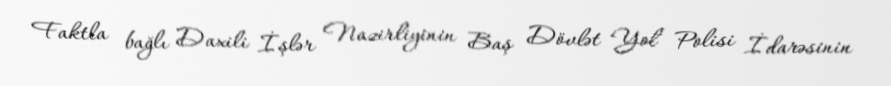
Faktla bağlı Daxili İşlər Nazirliyinin Baş Dövlət Yol Polisi İdarəsinin